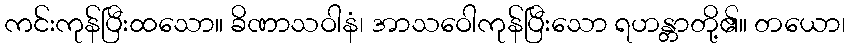
ကင်းကုန်ပြီးထသော။ ခိဏာသဝါနံ၊ အာသဝေါကုန်ပြီးသော ရဟန္တာတို့၏။ တယော၊